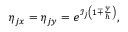
\begin{array} { r } { \eta _ { j x } = \eta _ { j y } = e ^ { \mathcal { I } _ { j } \left( 1 \mp \frac { y } { h } \right) } , } \end{array}